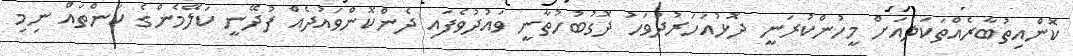
ކޮންއިތުބާރެއްތަކަލެއަށް މީހުންކުރަނީ ދޮޅުއަހަރުދުވަހު ދޮގުބުހުތާނީ ވައުދުވެފައި ދެންކޮންވައުދެއް ފުދޭނީ ކަލޭމެންގެ ކަންތައް ނިމި